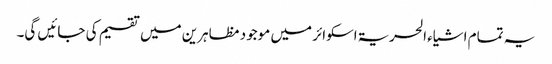
یہ تمام اشیاء الحریۃ اسکوائر میں موجود مظاہرین میں تقسیم کی جائیں گی۔